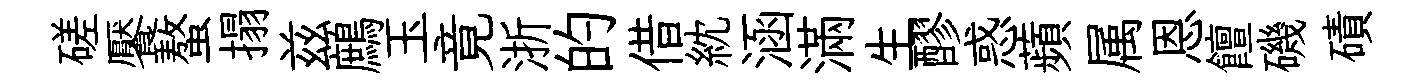
磋饜螯搨兹鷓玉竟浙的借紞涵滿生醪惑蘋属恩饘磯磧